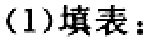
（1）填表：